Indian journal of veterinary science and animal husbandry - Volumes 24-25, 1954-1955
Year: 1954
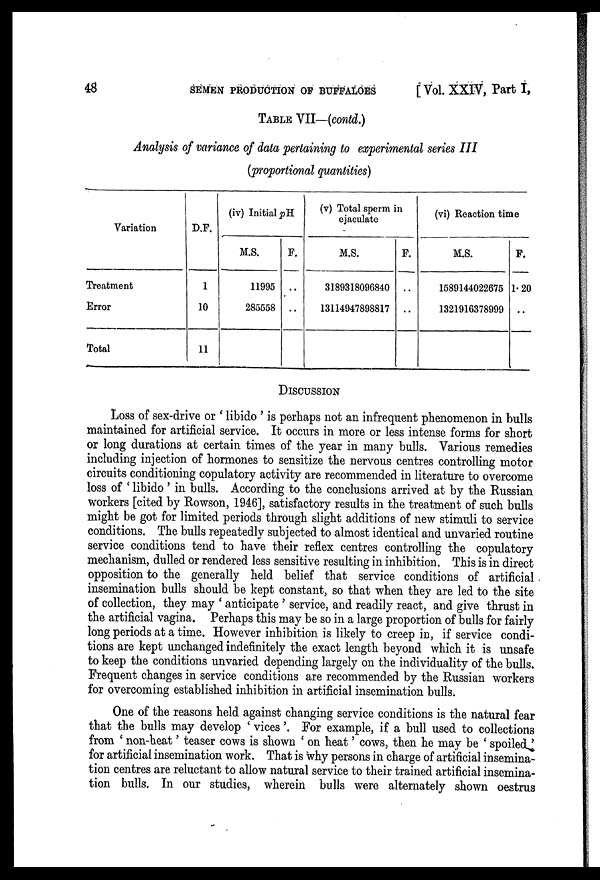
48
SEMEN PRODUCTION OF BUFFALOES
[ Vol. XXIV, Part I,
TABLE VII—(contd.)
Analysis of variance of data pertaining to experimental series III
(proportional quantities)
Variation
Treatment
Error
Total
D.F.
1
10
11
(iv) Initial pH
M.S.
11995
285558
F.
..
..
(v) Total sperm in
ejaculate
M.S.
3189318096840
13114947898817
F.
..
..
(vi) Reaction time
M.S.
1589144022675
1321916378999
F.
1.20
..
DISCUSSION
Loss of sex-drive or ' libido ' is perhaps not an infrequent phenomenon in bulls
maintained for artificial service. It occurs in more or less intense forms for short
or long durations at certain times of the year in many bulls. Various remedies
including injection of hormones to sensitize the nervous centres controlling motor
circuits conditioning copulatory activity are recommended in literature to overcome
loss of ' libido ' in bulls. According to the conclusions arrived at by the Russian
workers [cited by Rowson, 1946], satisfactory results in the treatment of such bulls
might be got for limited periods through slight additions of new stimuli to service
conditions. The bulls repeatedly subjected to almost identical and unvaried routine
service conditions tend to have their reflex centres controlling the copulatory
mechanism, dulled or rendered less sensitive resulting in inhibition. This is in direct
opposition to the generally held belief that service conditions of artificial
insemination bulls should be kept constant, so that when they are led to the site
of collection, they may ' anticipate ' service, and readily react, and give thrust in
the artificial vagina. Perhaps this may be so in a large proportion of bulls for fairly
long periods at a time. However inhibition is likely to creep in, if service condi-
tions are kept unchanged indefinitely the exact length beyond which it is unsafe
to keep the conditions unvaried depending largely on the individuality of the bulls.
Frequent changes in service conditions are recommended by the Russian workers
for overcoming established inhibition in artificial insemination bulls.
One of the reasons held against changing service conditions is the natural fear
that the bulls may develop ' vices'. For example, if a bull used to collections
from ' non-heat' teaser cows is shown ' on heat' cows, then he may be ' spoiled '
for artificial insemination work. That is why persons in charge of artificial insemina-
tion centres are reluctant to allow natural service to their trained artificial insemina-
tion bulls. In our studies, wherein bulls were alternately shown oestrus